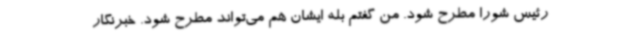
رئیس شورا مطرح شود. من گفتم بله ایشان هم می‌تواند مطرح شود. خبرنگار